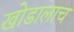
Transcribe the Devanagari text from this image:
खोडालाच